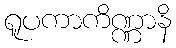
ရူပကာကိဏ္ဏာနိ